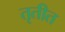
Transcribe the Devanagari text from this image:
तृतीत